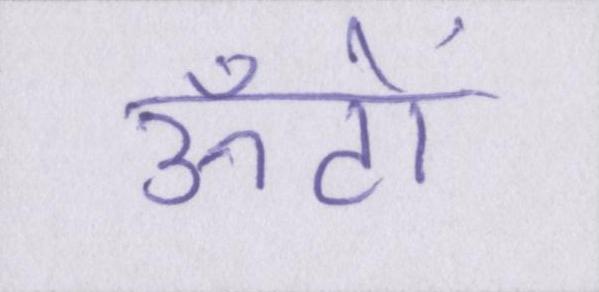
ऊँटों